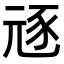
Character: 㒮